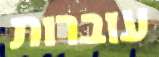
עוברות